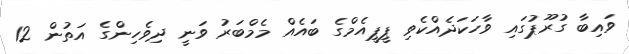
ވައިބާ ގުރޫޕުގައި ވާހަކަދެއްކެވި ޕީޕީއެމްގެ ބައެއް މެމްބަރު ވަނީ ދިވެހިންގެ އަތުން 12